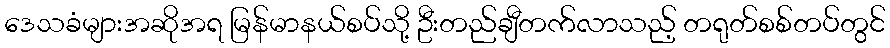
ဒေသခံများအဆိုအရ မြန်မာနယ်စပ်သို့ ဦးတည်ချီတက်လာသည့် တရုတ်စစ်တပ်တွင်